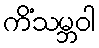
ကိံသမ္ဘဝါ